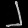
Digit: ၂